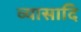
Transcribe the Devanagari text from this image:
व्यासादि